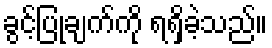
ခွင့်ပြုချက်ကို ရရှိခဲ့သည်။